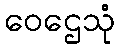
ဝေဌေသုံ